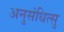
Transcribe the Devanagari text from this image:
अनुसंधित्सु